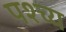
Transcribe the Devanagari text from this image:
पश्च्य